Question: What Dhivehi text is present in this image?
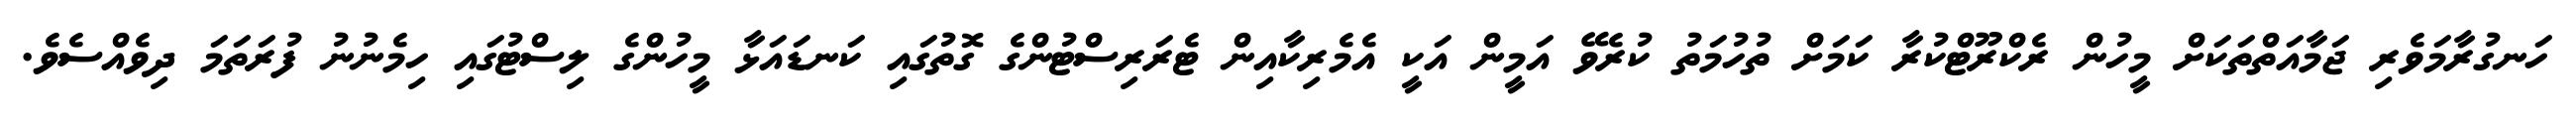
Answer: ހަނގުރާމަވެރި ޖަމާއަތްތަކަށް މީހުން ރެކްރޫޓްކުރާ ކަމަށް ތުހުމަތު ކުރެވޭ އަމީން އަކީ އެމެރިކާއިން ޓެރަރިސްޓުންގެ ގޮތުގައި ކަނޑައަޅާ މީހުންގެ ލިސްޓުގައި ހިމެނުނު ފުރަތަމަ ދިވެއްސެވެ.